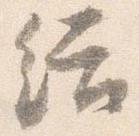
結